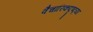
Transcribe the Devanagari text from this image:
वैचारिकदृष्‍ट्या